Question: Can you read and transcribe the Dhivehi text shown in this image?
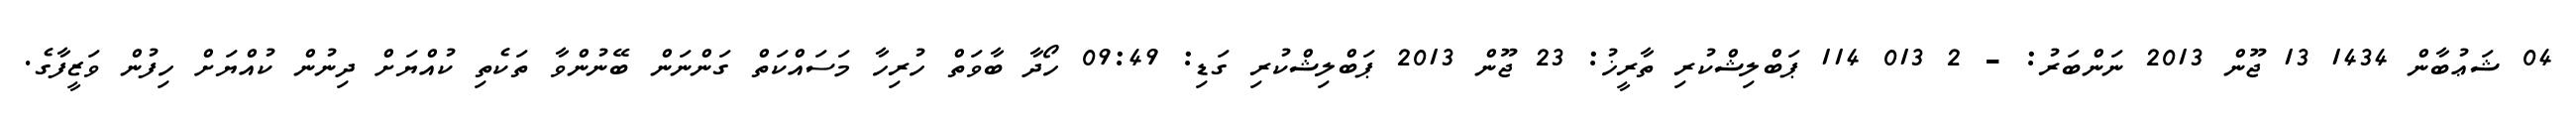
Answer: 04 ޝަޢުބާން 1434 13 ޖޫން 2013 ނަންބަރު: - 2 013 114 ޕަބްލިޝްކުރި ތާރީޚު: 23 ޖޫން 2013 ޕަބްލިޝްކުރި ގަޑި: 09:49 ހޯދާ ބާވަތް ހުރިހާ މަސައްކަތް ގަންނަން ބޭނުންވާ ތަކެތި ކުއްޔަށް ދިނުން ކުއްޔަށް ހިފުން ވަޒީފާގެ.